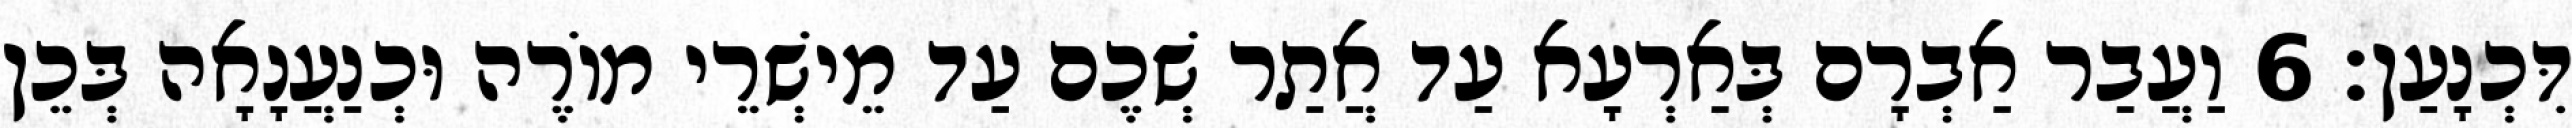
דִּכְנָעַן׃ 6 וַעֲבַר אַבְרָם בְּאַרְעָא עַד אֲתַר שְׁכֶם עַד מֵישְׁרֵי מוֹרֶה וּכְנַעֲנָאָה בְּכֵן